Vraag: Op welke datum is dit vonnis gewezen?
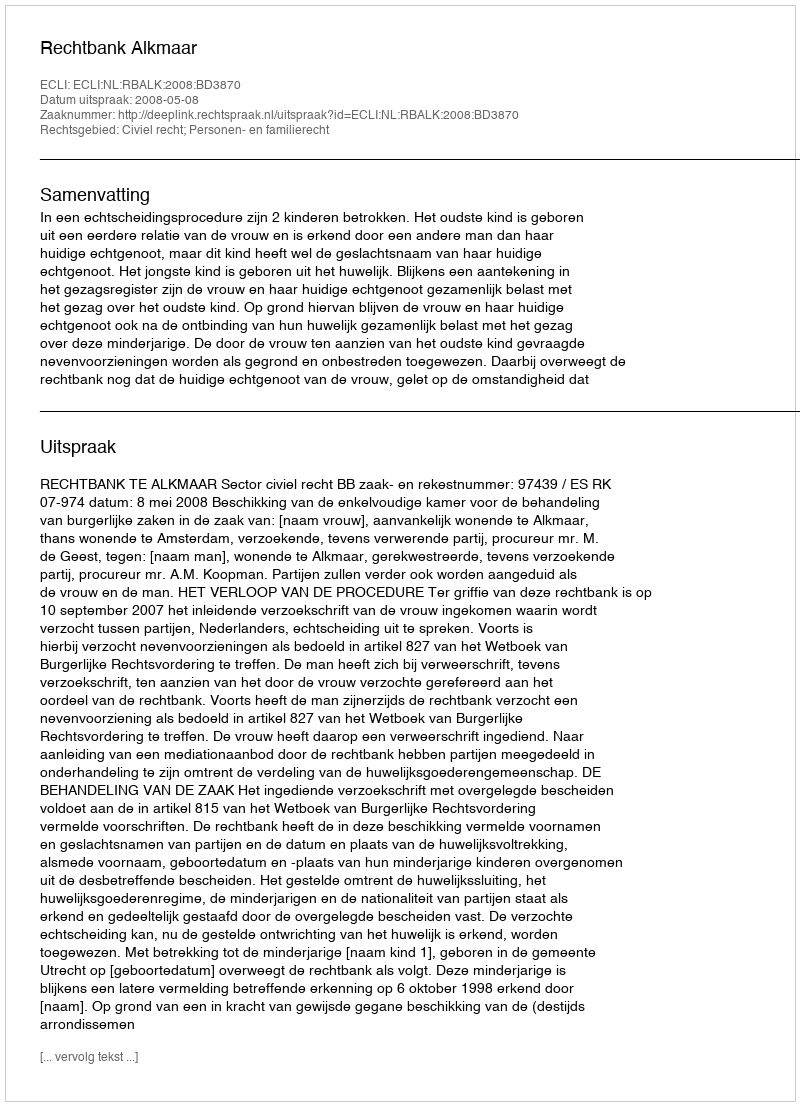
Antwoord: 2008-05-08